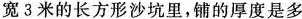
宽3米的长方形沙坑里，铺的厚度是多